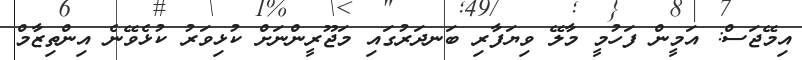
އިމޭޖަސް: އަމީން ފަހުމީ މާލޭ ވިޔަފާރި ބަނދަރުގައި މަޖޫރީންނަށް ކުޅިވަރު ކުޅެވޭނެ އިންތިޒާމް